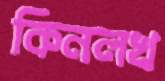
কিনলখ